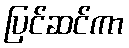
ပြင်ဆင်ကာ